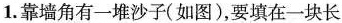
1.靠墙角有一堆沙子(如图)，要填在一块长